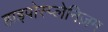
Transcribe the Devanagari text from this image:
हाइपोस्प्लेनिज़म